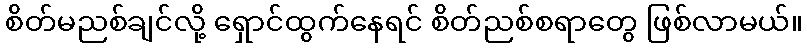
စိတ်မညစ်ချင်လို့ ရှောင်ထွက်နေရင် စိတ်ညစ်စရာတွေ ဖြစ်လာမယ်။